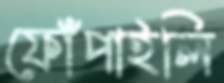
ফোঁপাইলি